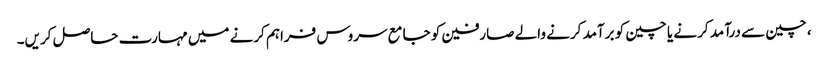
، چین سے درآمد کرنے یا چین کو برآمد کرنے والے صارفین کو جامع سروس فراہم کرنے میں مہارت حاصل کریں۔